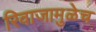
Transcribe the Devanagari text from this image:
रिवाजामुळेच